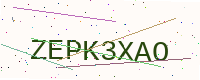
Text: ZEPK3XAO